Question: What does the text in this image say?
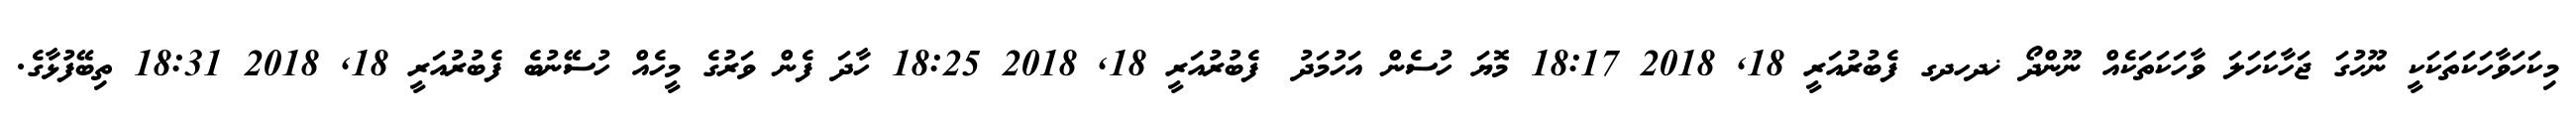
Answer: މިކަހަވާހަކަތަކަކީ ނޫހުގަ ޖަހާކަހަލަ ވާހަކަތަކެއް ނޫންދޯ ޚދހދގ ފެބުރުއަރީ 18, 2018 18:17 މޮޔަ ހުސެން އަހުމަދު? ފެބުރުއަރީ 18, 2018 18:25 ހާދަ ފެން ވަރުގެ މީހެއް ހުސޭނުބެ ފެބުރުއަރީ 18, 2018 18:31 ތިބޭފުޅާގެ.